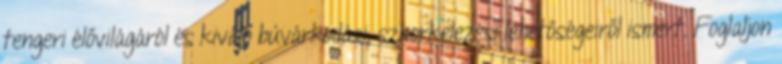
tengeri élővilágáról és kiváló búvárkodási, sznorkelezési lehetőségeiről ismert. Foglaljon